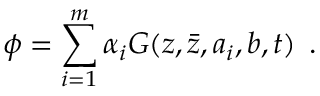
\phi = \sum _ { i = 1 } ^ { m } { \alpha _ { i } } G ( z , \bar { z } , a _ { i } , b , t ) \: \: .